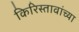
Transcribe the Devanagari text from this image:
किरिस्तावांच्या